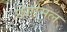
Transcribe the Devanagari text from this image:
छंगामल